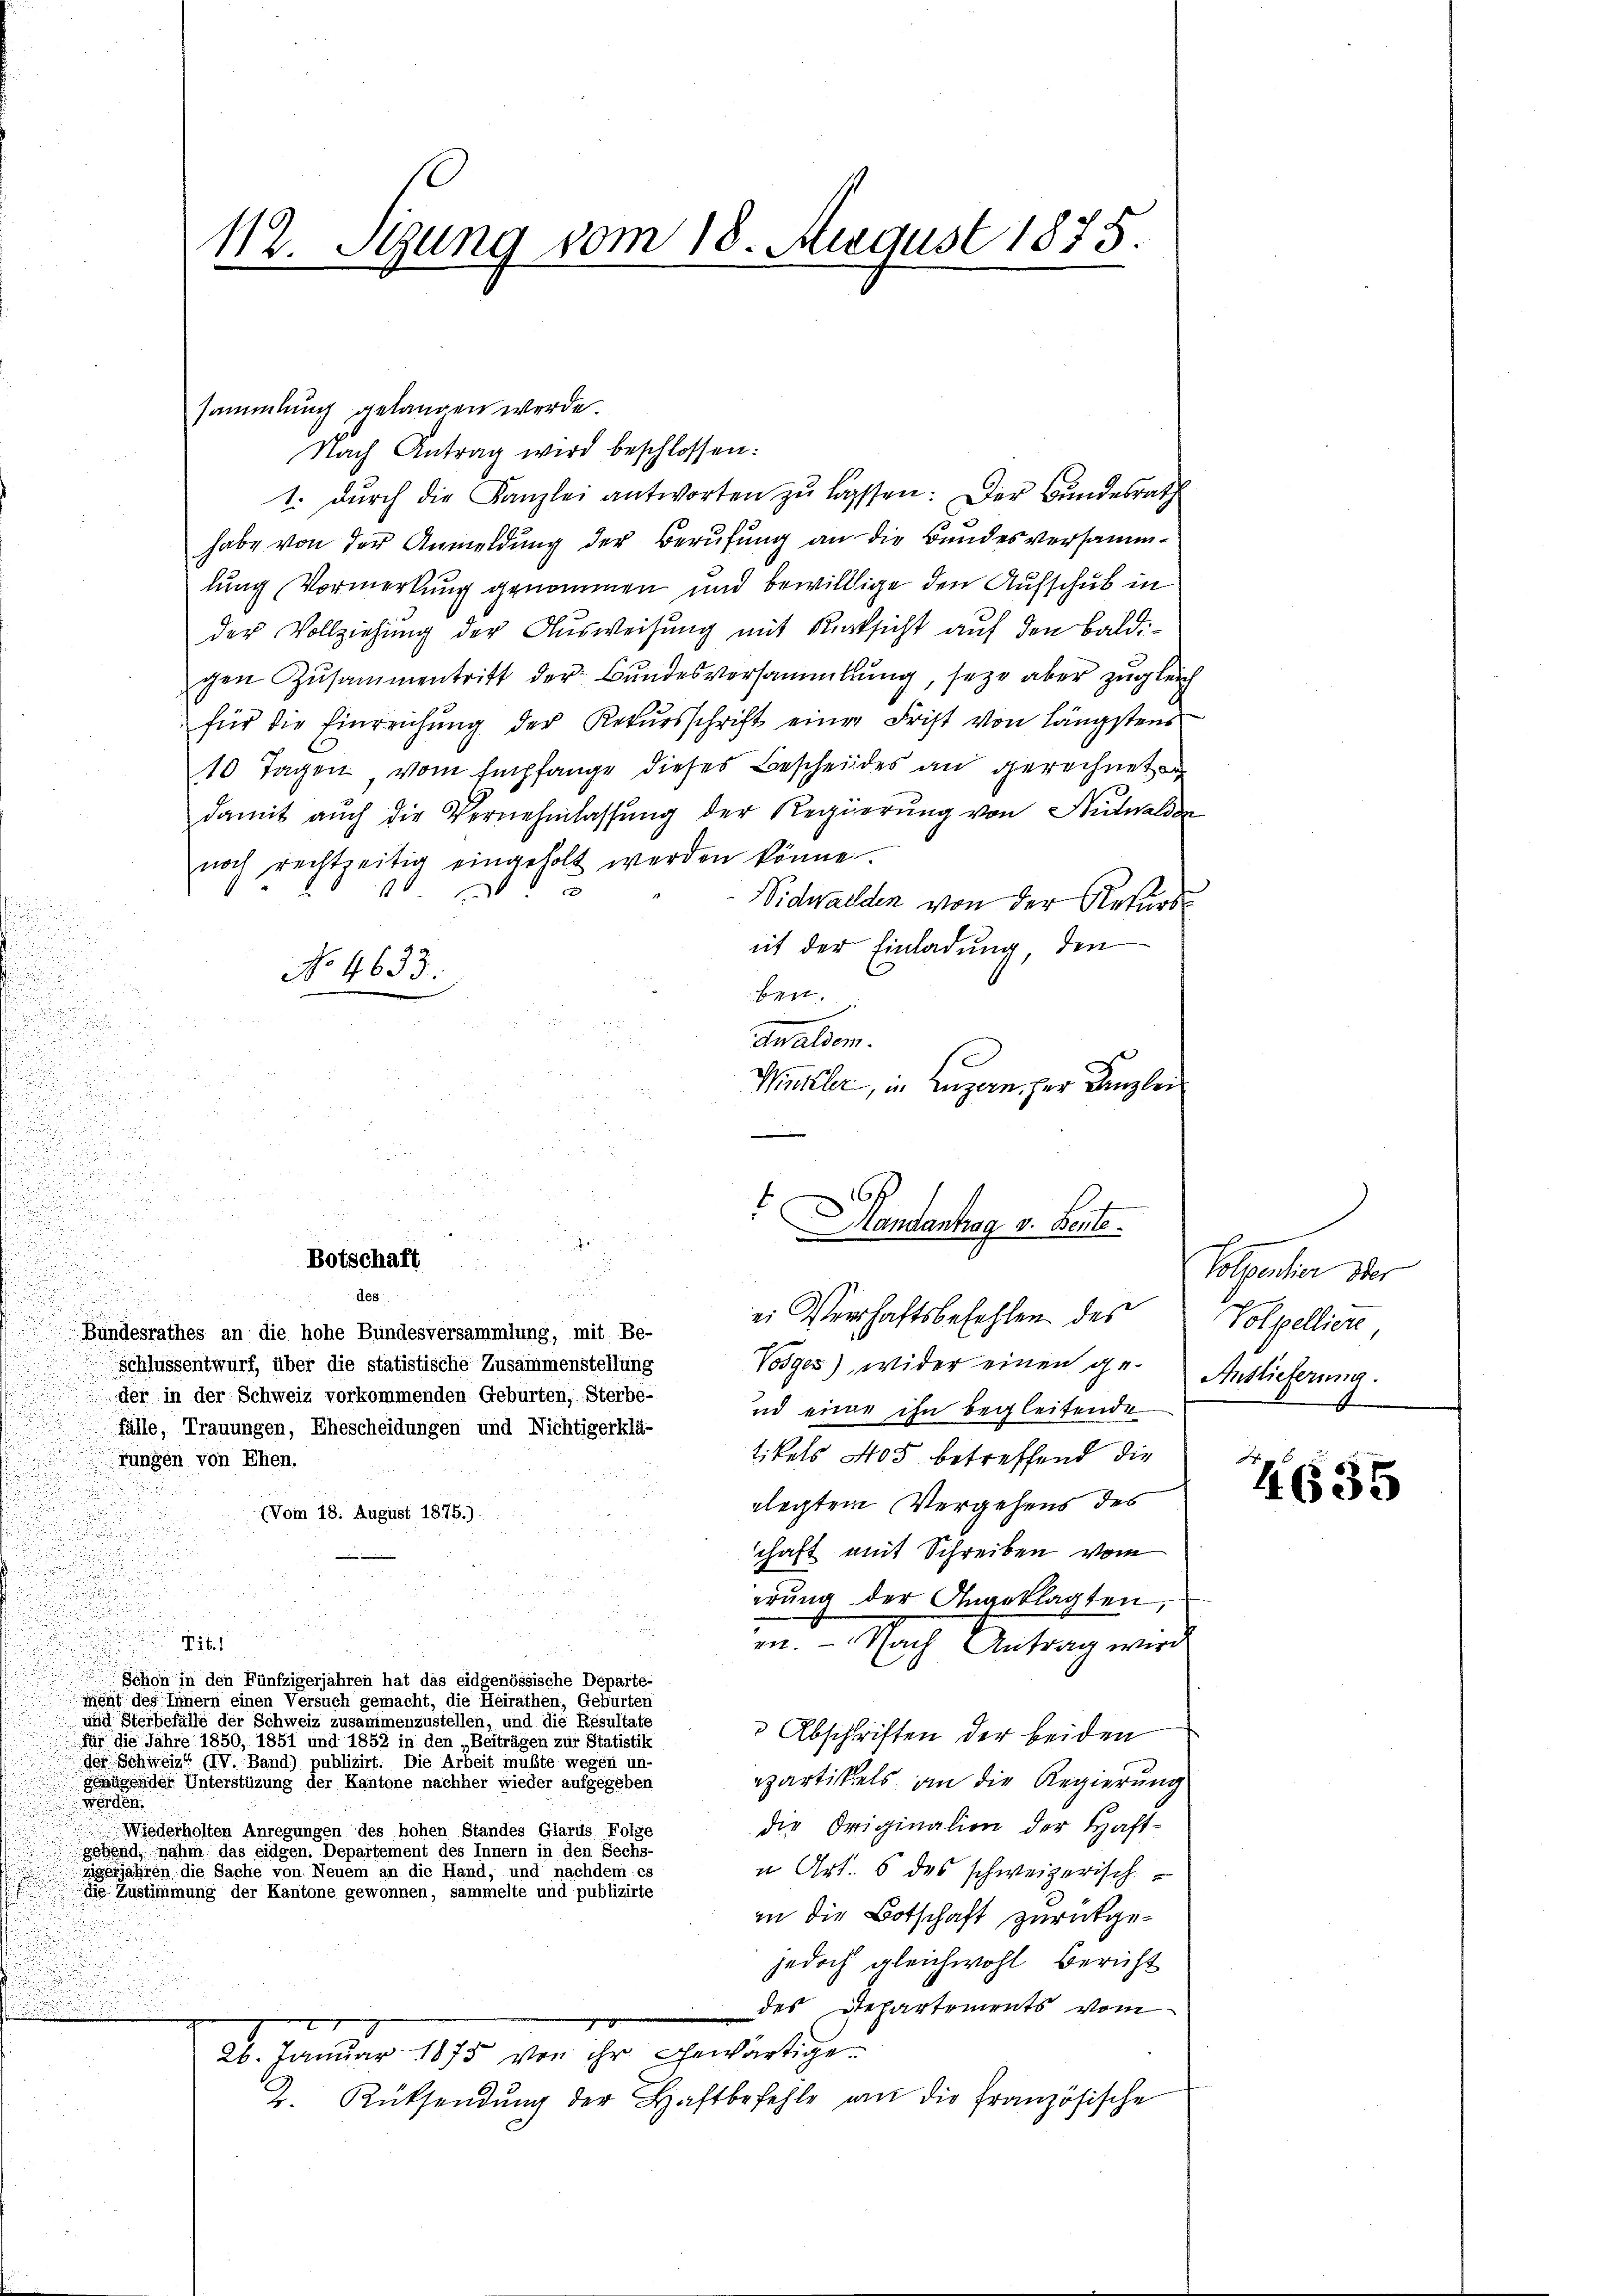
112. Stung vom 18. August 1875.

sammlung gelangen werde.
Nach Antrag wird beschlossen:
1. dŭrch die Kanzlei antworten zŭ lassen: Der Bŭndesrath
habe von der Anmeldung der Berufung an die Bundesversammlung Vormerkung genommen und bewillige den Aufschub in
der Vollziehung der Ausweisung mit Rücksicht auf den Baldigen Zusammentritt der Bundesversammlung, seze aber zugleich
für die Einreichung der Rekursschrift einer Frist von längstens
10 Tagen, vom Empfange dieses Bescheides an gerechnet
damit aŭch die Vernehmlassŭng der Regierŭng von Nutwalder
noch rechtzeitig eingeholt werden könne.
e
 f
Nidwalden von der Rekursit der Einladung, den
No 4633.
ben.
e
dwaldem.
se
Winkler, in Luzern, zur Kanzlei
u

.
de

u
¬
ei Verhaftsbefehlen des
Bundesrathes an die hohe Bundesversammlung, mit Be-
Vosges), wider einen ge¬
Schlussentwurf, über die statistische Zusammenstellung
der in der Schweiz vorkommenden Gebürten, Sterbe-
ud eine ihn begleitende
fälle, Trauungen, Ehescheidungen und Nichtigerklä-
tikels 405 betreffend die
fungen von Ehen.
rlegten Vergehens des
(Vom 18. August 1875.)
chaft mit Schreiben vom
erung der Angeklagten,
.
in. - Nach Antrag wird
Tit.
Schon in den Fünfzigerjahren hat das eidgenössische Departe-
ment des Innern einen Versuch gemacht, die Heirathen, Geburten
und Sterbefälle der Schweiz zusammenzustellen, und die Resultate
 Abschriften der beiden
für die Jahre 1850, 1851 und der einer eine in den Beiträgen zur Statistite
der Schweiz (V. Band) publizirt. Die Arbeit müßte wegen unepartikels an die Regierung
genügender Unterstüzung der Kantone nachher wieder aufgegeben
werden.
die Originalien der Haft-
Wiederholten Anregungen des hohen Standes Glarus Folge
gebend, nahm das eidgen. Departement des Innern in den Sechs-
zigerjahren die Sache von Neuem an die Hand, und nachdem es
u Art. 6 des schweizerisch
die Zustimmung der Kantone gewonnen, sammelte und publizirte
in die Botschaft zurückgejedoch gleichwohl Bericht
des Departements vom
g
26. Januar 1875 von ihr gewärtigen
2. Rücksendŭng der Haftbefehle an die französische

Botschaft
des

Mandantrag v. Bente.

Polpentier der
Volpelliere,
Auslieferung.
4

4635